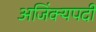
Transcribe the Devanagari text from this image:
अजिंक्यपदी